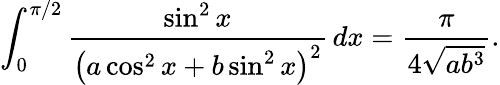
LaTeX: \int_{0}^{\pi/2}{\frac{\sin^{2}x}{\left(a\cos^{2}x+b\sin^{2}x\right)^{2}}}\, dx={\frac{\pi}{4{\sqrt{ab^{3}}}}}.